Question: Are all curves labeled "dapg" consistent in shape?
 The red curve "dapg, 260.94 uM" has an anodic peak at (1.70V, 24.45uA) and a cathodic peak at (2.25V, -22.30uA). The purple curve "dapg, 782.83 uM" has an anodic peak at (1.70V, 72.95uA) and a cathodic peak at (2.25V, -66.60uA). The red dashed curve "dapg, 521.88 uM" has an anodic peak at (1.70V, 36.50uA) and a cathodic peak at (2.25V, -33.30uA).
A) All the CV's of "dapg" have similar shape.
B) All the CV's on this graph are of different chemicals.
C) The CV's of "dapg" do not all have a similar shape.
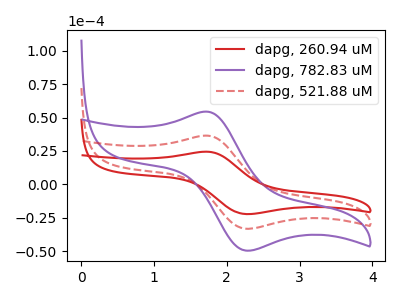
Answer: <think>All the peaks in "dapg, 260.94 uM" have a peak in "dapg, 782.83 uM" at the same potential. Every peak in "dapg, 260.94 uM" is lower than every peak in "dapg, 782.83 uM". All the peaks in "dapg, 260.94 uM" have a peak in "dapg, 521.88 uM" at the same potential. Every peak in "dapg, 260.94 uM" is lower than every peak in "dapg, 521.88 uM". All the peaks in "dapg, 782.83 uM" have a peak in "dapg, 521.88 uM" at the same potential. Every peak in "dapg, 782.83 uM" is higher than every peak in "dapg, 521.88 uM".
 </think>
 <answer>A) All the CV's of "dapg" have similar shape.</answer>
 <eval>A</eval>